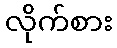
လိုက်စား